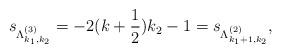
LaTeX: \begin{align*}s_{\Lambda^{(3)}_{k_1,k_2}}=-2(k+\frac{1}{2})k_2-1 = s_{\Lambda^{(2)}_{k_1+1,k_2}},\end{align*}